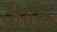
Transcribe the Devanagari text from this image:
पीर्सचा